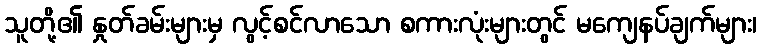
သူတို့၏ နှုတ်ခမ်းများမှ လွင့်စင်လာသော စကားလုံးများတွင် မကျေနပ်ချက်များ၊